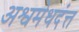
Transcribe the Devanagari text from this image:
अश्वमेधदंत्त